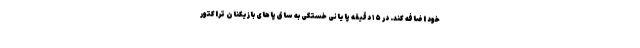
خود اضافه کند. در ۱۵ دقیقه پایانی خستگی به ساق پاهای بازیکنان تراکتور